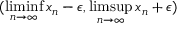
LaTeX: ( \operatorname* { l i m i n f } _ { n \to \infty } x _ { n } - \epsilon , \operatorname* { l i m s u p } _ { n \to \infty } x _ { n } + \epsilon )